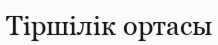
Тіршілік ортасы